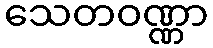
သေတဝဏ္ဏာ